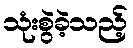
သုံးစွဲခဲ့သည့်